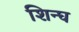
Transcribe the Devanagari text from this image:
शिन्घ